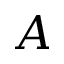
A